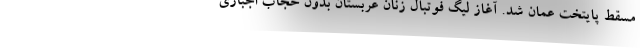
مسقط پایتخت عمان شد. آغاز لیگ فوتبال زنان عربستان بدون حجاب اجباری